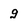
Character: g